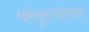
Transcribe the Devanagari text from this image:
धर्मगुरूसोबतच